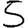
Digit: 5